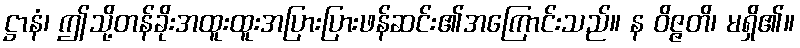
ဋ္ဌာနံ၊ ဤသို့တန်ခိုးအထူးထူးအပြားပြားဖန်ဆင်း၏အကြောင်းသည်။ န ဝိဇ္ဇတိ၊ မရှိ၏။